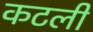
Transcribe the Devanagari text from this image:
कटली